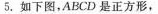
5.如下图，ABCD是正方形，